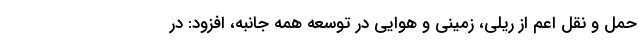
حمل و نقل اعم از ریلی، زمینی و هوایی در توسعه همه جانبه، افزود: در